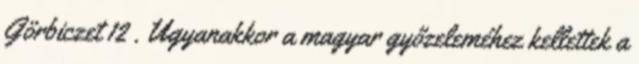
Görbiczet 12 . Ugyanakkor a magyar győzeleméhez kellettek a